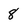
Character: 8